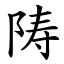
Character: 陦